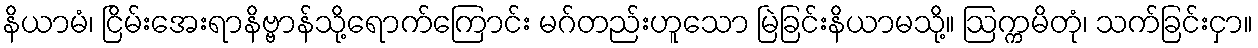
နိယာမံ၊ ငြိမ်းအေးရာနိဗ္ဗာန်သို့ရောက်ကြောင်း မဂ်တည်းဟူသော မြဲခြင်းနိယာမသို့။ ဩက္ကမိတုံ၊ သက်ခြင်းငှာ။